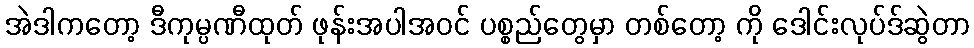
အဲဒါကတော့ ဒီကုမ္ပဏီထုတ် ဖုန်းအပါအဝင် ပစ္စည်တွေမှာ တစ်တော့ ကို ဒေါင်းလုပ်ဒ်ဆွဲတာ